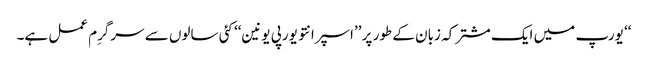
‘‘ یورپ میں ایک مشترکہ زبان کے طور پر ’’اسپرانتو یورپی یونین‘‘ کئی سالوں سے سرگرِم عمل ہے۔